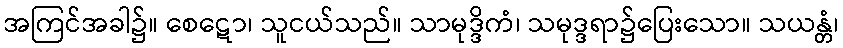
အကြင်အခါ၌။ စေဋော၊ သူငယ်သည်။ သာမုဒ္ဒိကံ၊ သမုဒ္ဒရာ၌ပြေးသော။ သယန္တံ၊